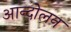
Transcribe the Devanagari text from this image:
आन्दोेलन